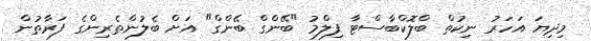
މިދިޔަ އަހަރު ނިކުތް ބްލޮކްބާސްޓާ ފިލްމު "ބޭންގް ބޭންގް" އަށް ބެލުންތެރިންގެ ފަރާތުން